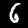
Digit: 6